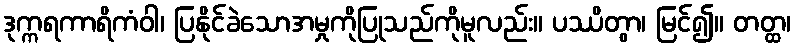
ဒုက္ကရကာရိကံဝါ၊ ပြနိုင်ခဲသောအမှုကိုပြုသည်ကိုမူလည်း။ ပဿိတွာ၊ မြင်၍။ တတ္ထ၊